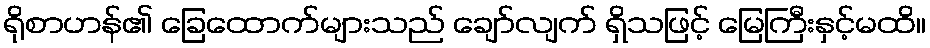
ရိုစာဟန်၏ ခြေထောက်များသည် ချော်လျက် ရှိသဖြင့် မြေကြီးနှင့်မထိ။